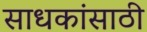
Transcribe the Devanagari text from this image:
साधकांसाठी